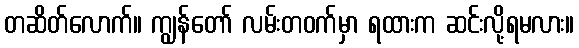
တဆိတ်လောက်။ ကျွန်တော် လမ်းတဝက်မှာ ရထားက ဆင်းလို့ရမလား။